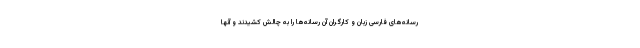
رسانه‌های فارسی زبان و کارگران آن رسانه‌ها را به چالش کشیدند و آنها